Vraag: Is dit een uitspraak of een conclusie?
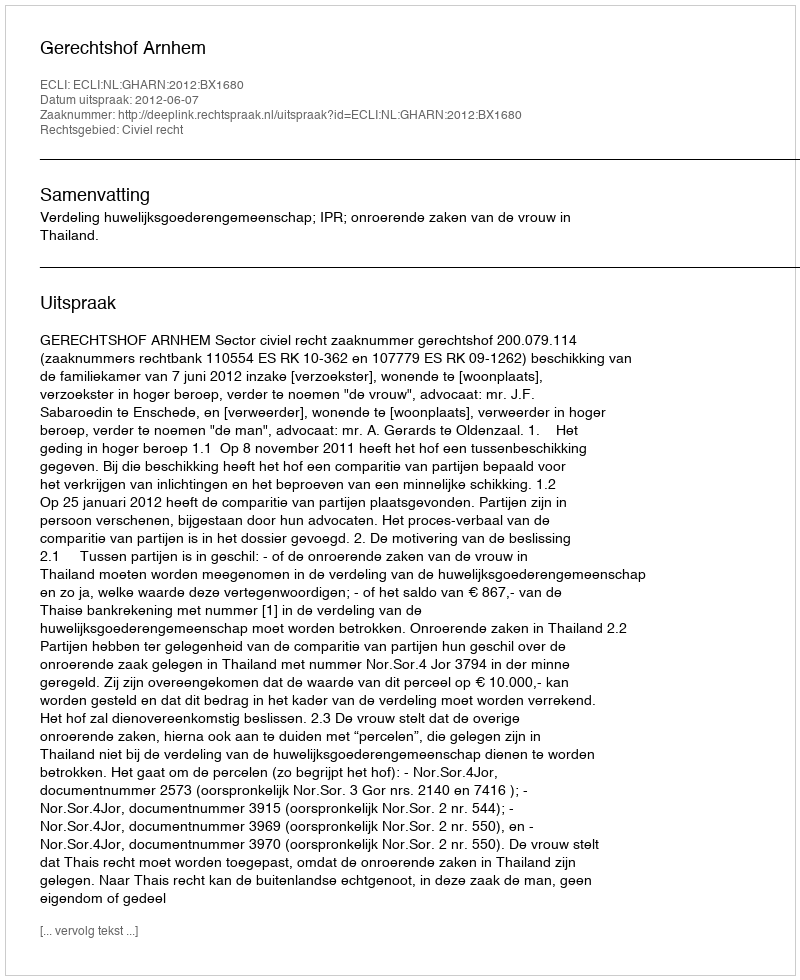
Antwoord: Uitspraak